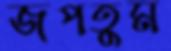
জপতুম